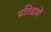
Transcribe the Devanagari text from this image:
प्रतिद्रवों